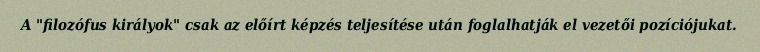
A "filozófus királyok" csak az előírt képzés teljesítése után foglalhatják el vezetői pozíciójukat.